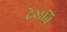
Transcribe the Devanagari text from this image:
देखति